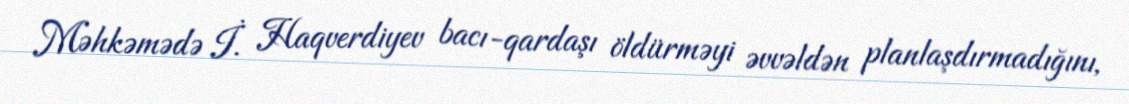
Məhkəmədə İ. Haqverdiyev bacı-qardaşı öldürməyi əvvəldən planlaşdırmadığını,